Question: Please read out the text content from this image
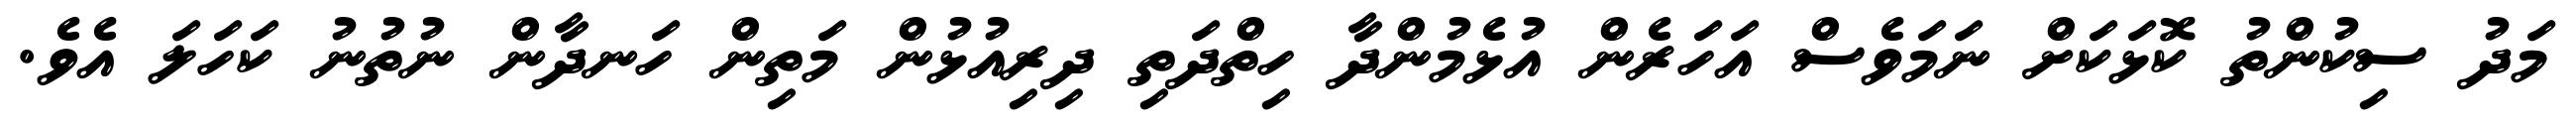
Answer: މަދު ސިކުންތު ކޮޅަކަށް ނަމަވެސް އަހަރެން އުޅެމުންދާ ހިތްދަތި ދިރިއުޅުން މަތިން ހަނދާން ނުތުނު ކަހަލަ އެވެ.